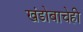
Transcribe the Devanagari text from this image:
खंडोबाचेही